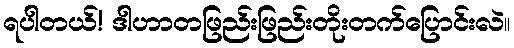
ရပါတယ်! ဒါဟာတဖြည်းဖြည်းတိုးတက်ပြောင်းလဲ။